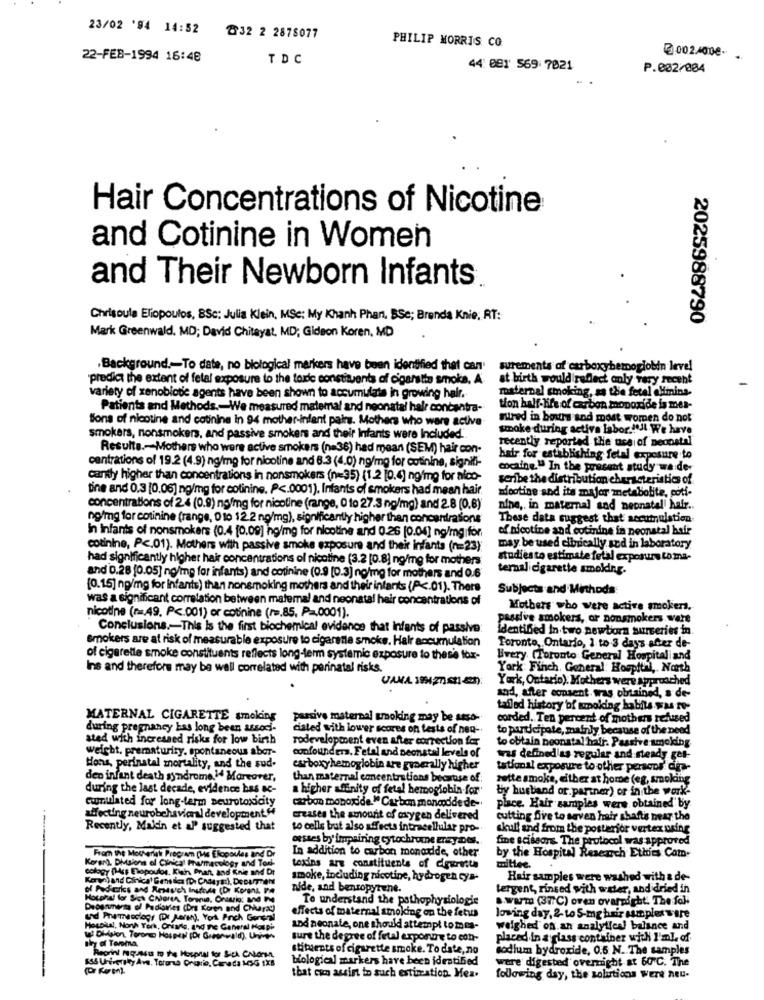
23/02 '94 14:52
832 2 2878077
PHILIP MORRIS CO.
@002400€-
22-FEB-1994 16:48
TDC
44: 081' 569 7021
P.002/004
Hair Concentrations of Nicotine
and Cotinine in Women
and Their Newborn Infants
Chrisoula Eliopoulos, BSc: Julia Klein, MSe; My Khanh Phan, BSe; Brenda Knie; RT:
2025988790
Mark Greenwald. MD; David Chitayat, MD; Gideon Koren, MD
.Background .- To date, no biological markers have been identified that can'
surements of carboxybemoglobin level
"predict the extent of fetal exposure to the toxic constituents of cigarette smoke, A.
at birth would reflect only very recent
maternal smoking, as the fetal Minins.
variety of xenobiotic agents have been shown to accumulate in growing hair.
Patients and Methods .- We measured matemal and neonatal halr concentra-
tion half-life of carbon monoxide is mes-
Bons of nicotine and cotining in 94 mother-infant pairs. Mothers who were active
sured in bours and most women do not
smoke during activa labor .!!! We have
smokers, nonsmokers, and passive smokers and their Infants were Included.
recently reported the use of neonatal
Resulta .- Mothers who were active smokers (n=36) had mean (SEM) hair con-
centrations of 19.2 (4.9) ng/mg for nicotine and 6.3 (4.0) ng/mg for cotinine, signifi-
hair for establishing fetal exposure to
cocaine" In the present study wa de-
canty higher than concentrations in nonsmokers (n=35) (1.2 [0.4) ngfmg for nico-
scribe the distribution characteristics of
tine and 0.3 [0.06] ng/mg for colinine. P <. 0001). Infants of smokers had mean hair.
mootine and its major metabolite, coti-
concentrations of 24 (0.9) ng/mg for nicoline (range, 0 to 27.3 ng/mg) and 2.8 (0.6)
nine, in maternal sad neonatal hair ..
ng/mg for cotinine (range, 0 to 12.2 no/mg), significantly higher than concentrations
These data suggest that accumulation
In infants of nonsmokers (0.4 [0.09] ing/mg for nicotine and 0.26 [0.04] ng/mg for
of nicotine and cotinine in neonatal hair
cotinine, Pc.01). Mothers with passive smoke exposure and their infants (n=23);
may be used elbuically sud in laboratory
had significantly higher hair concentrations of nicotine (3.2 [0.8] ng/mg for mothers
studies to estimate fetal exposure to ma-
termalicigarette smoking.
and 0.28 [0.05] no/mg for infants) and cotinine (0.9 [0.3] no/mg for mothers and 0.6
(0.15] ng/mg for infants) than nonsmoking mothers and their intarts (P <. 01). There
Subjects and Mirthods
was a significant correlation between matema! and neonatal heir concentrations of
nicotine (r =. 49, P <. 001) or cotinine (r =, 85, P =, 0001).
Mothers who were active smokers.
passive smokers, or nonsmokers wert
Conclusions .- This is the first biochemical evidence that infants of passive:
identified In two newborn surveries in
Smokers are at risk of measurable exposure to cigarette smoke. Hair accumulation
Toronto, Ontario, 1 to 3 days after de-
of cigarette smoke constituents reflects long-term systemic exposure to these fox-
Every (Toronto General Hospital and
Ins and therefore may be wall correlated with perinatal risks.
York Finch, General Hospital, North
York, Ontario). Mothers were approached
sod, after consent. was obtained, s de-
tailed history of smoking habits was to-
MATERNAL CIGARETTE smoking
passive maternal smoking may be asso-
corded. Ten percent of mothers refused
during pregnancy has long been associ-
ciated with lower scores on tests of non-
to participate, mainly because of the need
ated with increased risks for low birth
rodevelopment even after correction for
to obtain neonatal hair. Passive smoking
weight. prematurity. spontaneous aber-
confounder. Fetal and neonatal levels of
was definedlas regular and steady get-
Hons, perinatal mortality, and the sud-
carboxyhemoglobin are generally higher
tational exposure to other persons' dia-
den infant death syndrome 14 Marcarer,
than maternal concentrations because of:
rette smoke, either at home (eg, smoking
during the last decade, evidence bas sc-
a higher afinity of fetal hemoglobin for'
by husband or. partner) or in the work-
cumulated for long-term neurotoxicity
carbon monoxide." Carbon mancdde de-
place. Hair samples were obtained by
affecting neurobehavioral development"
creases the amount of oxygen delivered
cutting five to saven hair shafts near the
Recently, Makin et al suggested that
to cells but also affects intracellular pro-
skull and from the posterior vertex uring
œesses by impairing cytochrome tray.Der.
fine scissors. The protocol was approved
In addition to carbon monadde, other
From the Mochrist Program Che Elopoules and
by the Hospital Research Ethics Cam-
mittee.
cology (Hg Elopoulos, Kisin, Phant, and Knie and
Koran). DMsions of Clinical Pharmacology and
toxins are constituents of cigurette
smoke, including nicotine, hydrogen cys-
Hair samples were washed with a de-
o Poderks and Resuch Inutide (Dr Korent PA
nide, and benropyrene.
tergent, rinsed with water, and dried in
To understand the pathophysiologie
S.WATT (377C) oren ovarnight. The fall
Debenness of Padiaries (Dns Koren and Chiara")
effects of maternal smoking on the fetus
loving day, 2 to 5-my hair complet sure
Hospital, North York, Orisffs, and the General Hospi
and neonate, one should attempt tomea-
weighed on an analytical balance and
thy of Terma
sure the degree of fetal expone to con-
placed in a glass container with I'ml. of
Reoril mq-Muss to the Hospital for Sich CNLors
stituients of cigarette smoke. To date, no
sodium hydroxide, 0.5 N. The samples
556 University Ave. Toroma Orario, Canada 136 1XB
biological markers have been identified
were digested overnight at 60 ℃. Tine
that can assist in such estimation. Hea.
following day, the solutions Were neu-